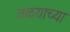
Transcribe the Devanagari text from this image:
तळयाच्या